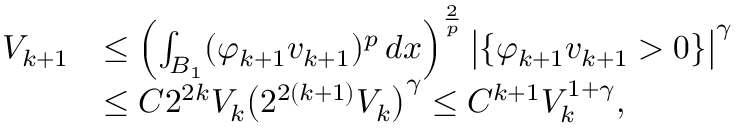
\begin{array} { r l } { V _ { k + 1 } } & { \le \left( \int _ { B _ { 1 } } ( \varphi _ { k + 1 } v _ { k + 1 } ) ^ { p } \, d x \right) ^ { \frac { 2 } { p } } \big | \{ \varphi _ { k + 1 } v _ { k + 1 } > 0 \} \big | ^ { \gamma } } \\ & { \le C 2 ^ { 2 k } V _ { k } \big ( 2 ^ { 2 ( k + 1 ) } V _ { k } \big ) ^ { \gamma } \le C ^ { k + 1 } V _ { k } ^ { 1 + \gamma } , } \end{array}